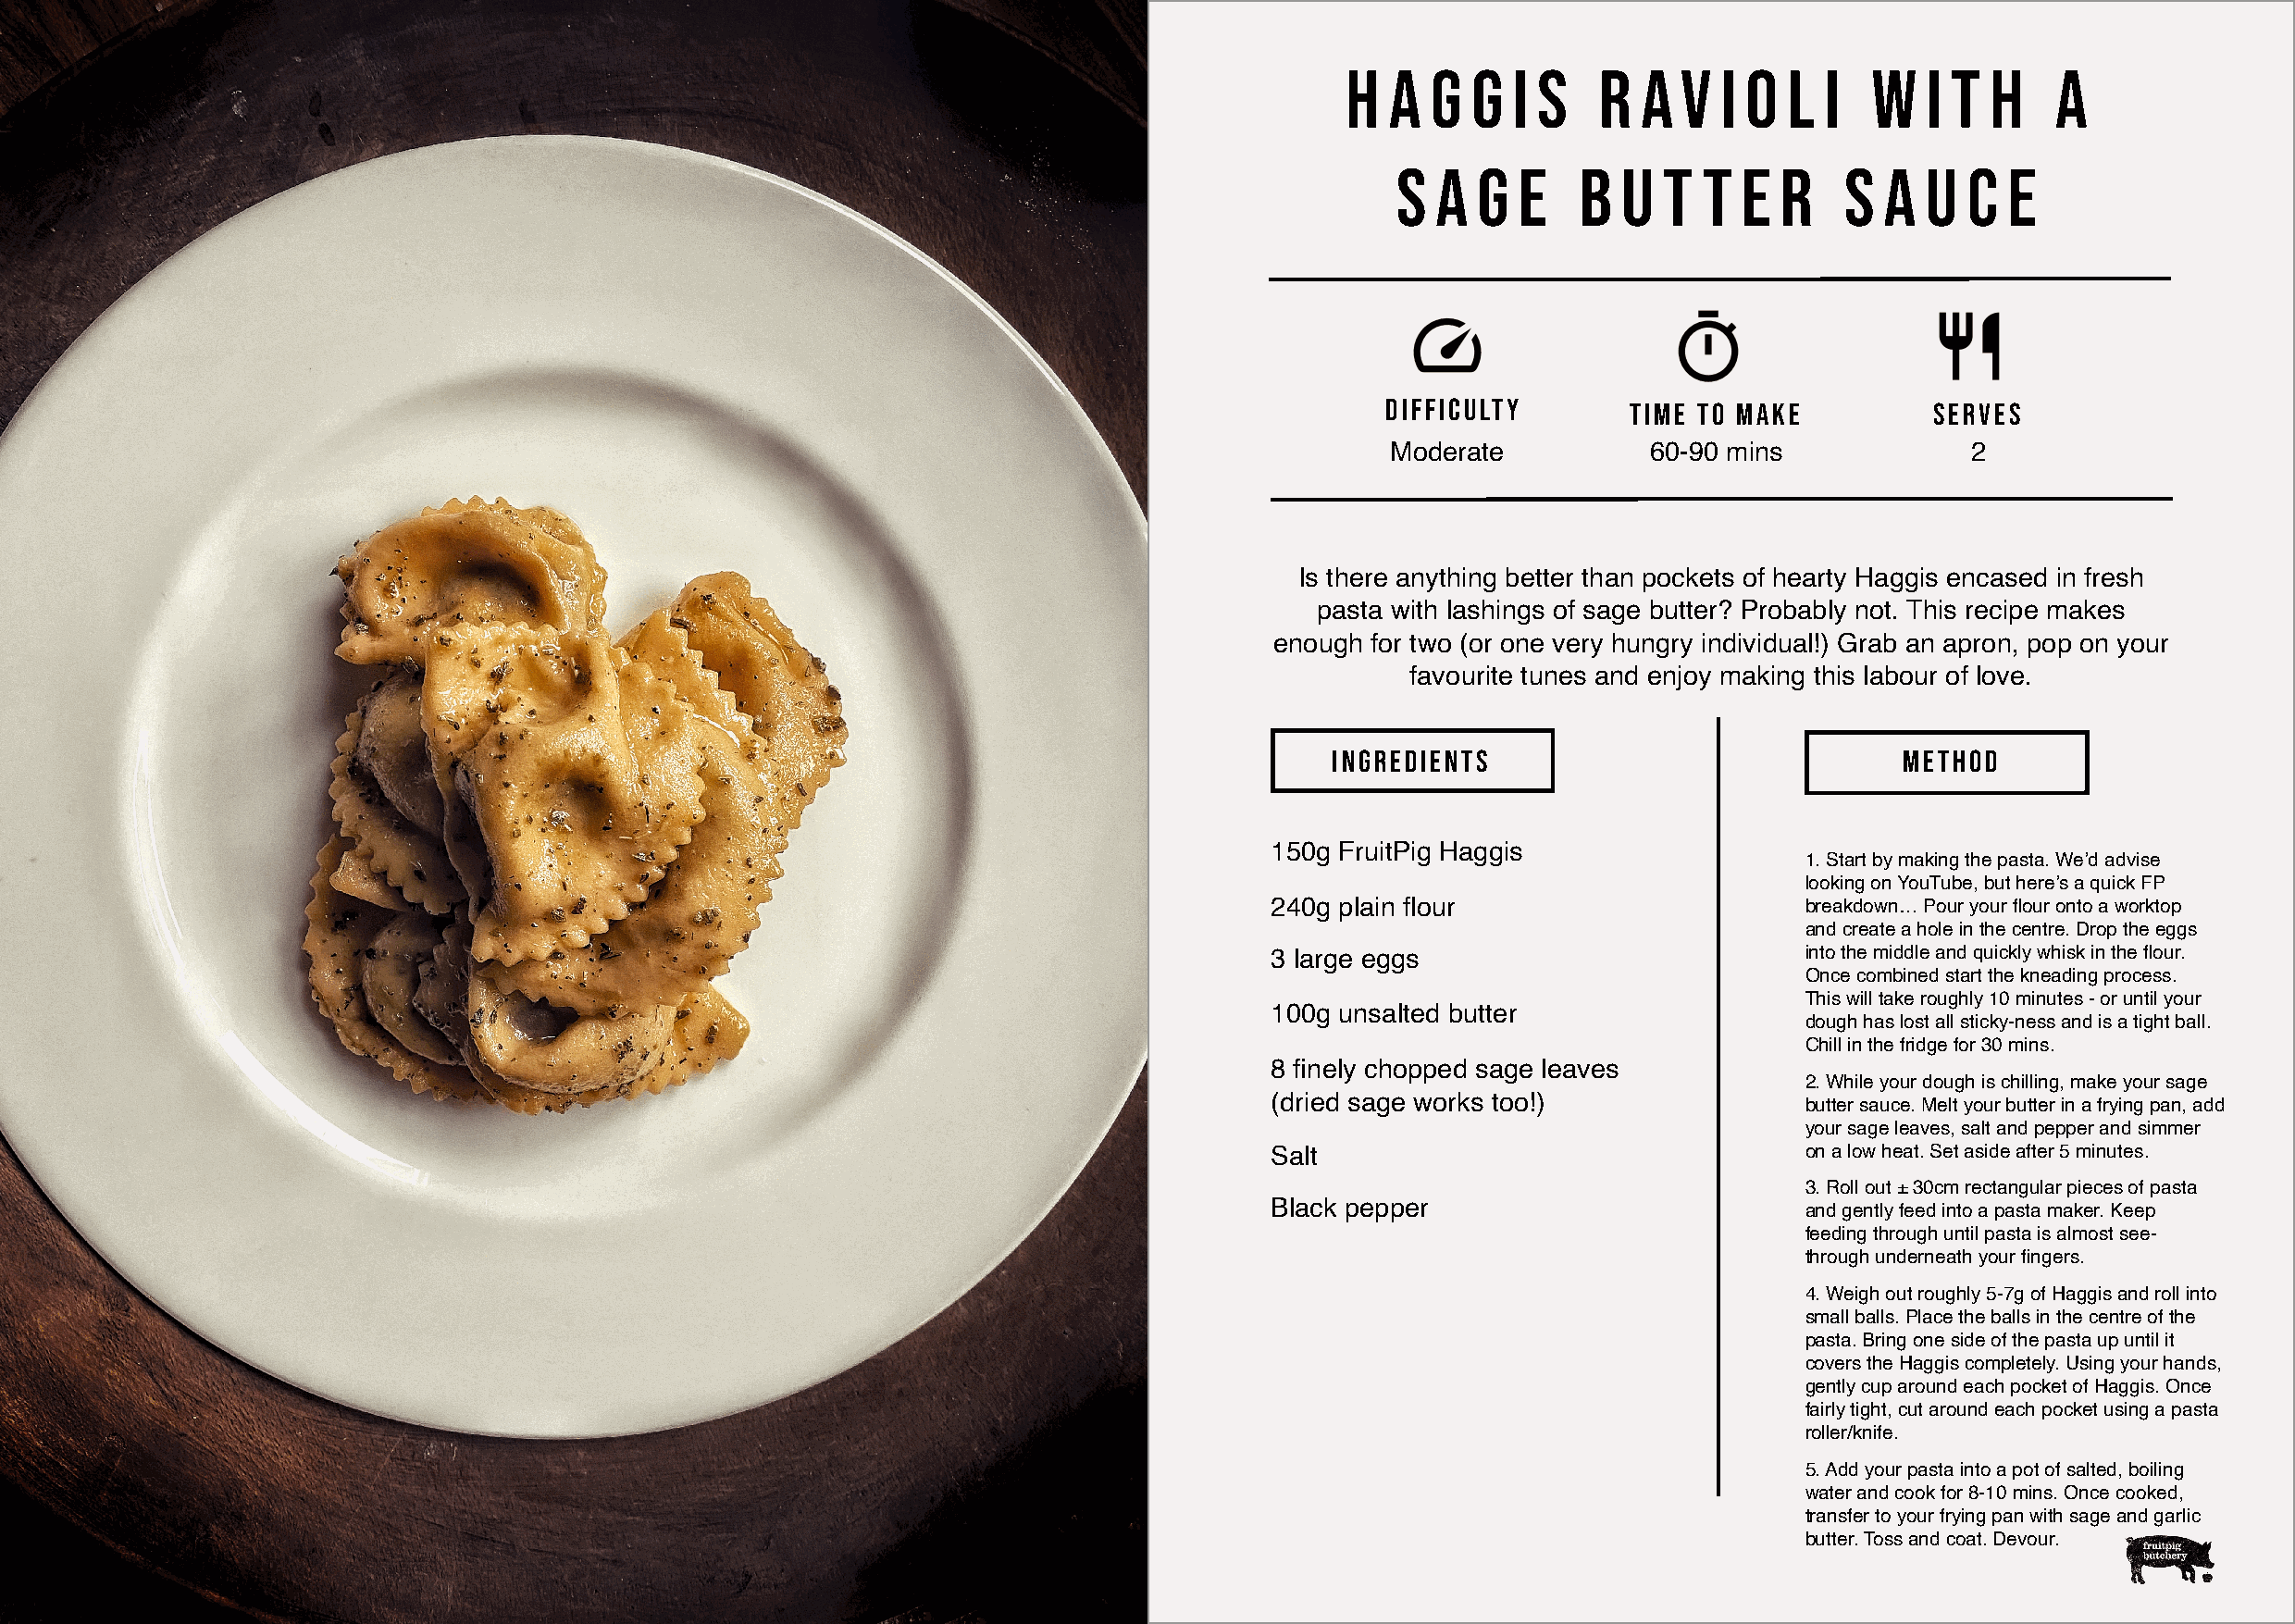
H  a  g  g  i s   r  a  v  i o  l i   w   i t h    a
 s  a  g  e   b  u  t  t  e r    s  a  u  c  e
 difficulty        time to make         serves
 Moderate           60-90 mins             2
 Is there anything better than pockets of hearty Haggis encased in fresh
 pasta with lashings of sage butter? Probably not. This recipe makes
 enough for two (or one very hungry individual!) Grab an apron, pop on your
 favourite tunes and enjoy making this labour of love.
 Ingredients                              Method
 150g FruitPig Haggis
 1. Start by making the pasta. We’d advise
 looking on YouTube, but here’s a quick FP
 240g plain flour                      breakdown… Pour your flour onto a worktop
 and create a hole in the centre. Drop the eggs
 3 large eggs                          into the middle and quickly whisk in the flour.
 Once combined start the kneading process.
 This will take roughly 10 minutes - or until your
 100g unsalted butter
 dough has lost all sticky-ness and is a tight ball.
 Chill in the fridge for 30 mins.
 8 finely chopped sage leaves
 2. While your dough is chilling, make your sage
 (dried sage works too!)
 butter sauce. Melt your butter in a frying pan, add
 your sage leaves, salt and pepper and simmer
 Salt                                  on a low heat. Set aside after 5 minutes.
 3. Roll out ± 30cm rectangular pieces of pasta
 Black pepper
 and gently feed into a pasta maker. Keep
 feeding through until pasta is almost see-
 through underneath your fingers.
 4. Weigh out roughly 5-7g of Haggis and roll into
 small balls. Place the balls in the centre of the
 pasta. Bring one side of the pasta up until it
 covers the Haggis completely. Using your hands,
 gently cup around each pocket of Haggis. Once
 fairly tight, cut around each pocket using a pasta
 roller/knife.
 5. Add your pasta into a pot of salted, boiling
 water and cook for 8-10 mins. Once cooked,
 transfer to your frying pan with sage and garlic
 butter. Toss and coat. Devour.